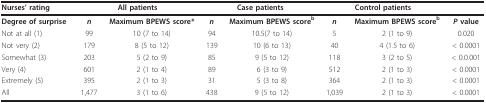
<table><thead><tr><td><b>Nurses&#x27; rating</b></td><td colspan="2"><b>All patients</b></td><td colspan="2"><b>Case patients</b></td><td colspan="2"><b>Control patients</b></td><td></td></tr></thead><tbody><tr><td><b>Degree of surprise</b></td><td><b><i>n</i></b></td><td><b>Maximum BPEWS score*</b></td><td><b><i>n</i></b></td><td><b>Maximum BPEWS score<sup>b</sup></b></td><td><b><i>n</i></b></td><td><b>Maximum BPEWS score<sup>b</sup></b></td><td><b><i>P </i>value</b></td></tr><tr><td>Not at all (1)</td><td>99</td><td>10 (7 to 14)</td><td>94</td><td>10.5(7 to 14)</td><td>5</td><td>2 (1 to 9)</td><td>0.020</td></tr><tr><td>Not very (2)</td><td>179</td><td>8 (5 to 12)</td><td>139</td><td>10 (6 to 13)</td><td>40</td><td>4 (1.5 to 6)</td><td>&lt; 0.0001</td></tr><tr><td>Somewhat (3)</td><td>203</td><td>5 (2 to 9)</td><td>85</td><td>9 (5 to 12)</td><td>118</td><td>3 (2 to 5)</td><td>&lt; 0.0.001</td></tr><tr><td>Very (4)</td><td>601</td><td>2 (1 to 4)</td><td>89</td><td>6 (3 to 9)</td><td>512</td><td>2 (1 to 3)</td><td>&lt; 0.0001</td></tr><tr><td>Extremely (5)</td><td>395</td><td>2 (1 to 3)</td><td>31</td><td>5 (3 to 8)</td><td>364</td><td>2 (1 to 3)</td><td>&lt; 0.0001</td></tr><tr><td>All</td><td>1,477</td><td>3 (1 to 6)</td><td>438</td><td>9 (5 to 12)</td><td>1,039</td><td>2 (1 to 3)</td><td>&lt; 0.0001</td></tr></tbody></table>